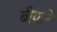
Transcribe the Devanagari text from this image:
बीयाने